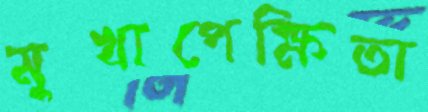
মুখাপেক্ষিতা